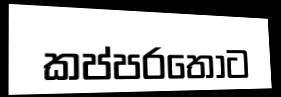
කප්පරතොට